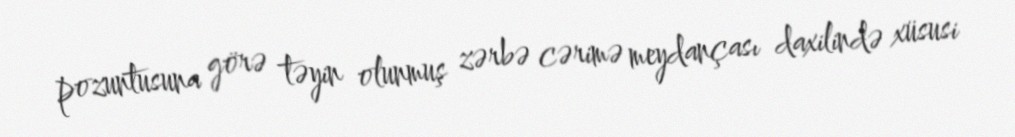
pozuntusuna görə təyin olunmuş zərbə cərimə meydançası daxilində xüsusi